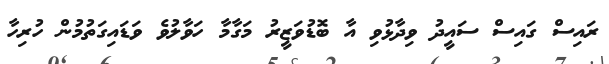
ރައިސް ގައިސް ސައީދު ވިދާޅުވި އާ ބޮޑުވަޒީރު މަގާމާ ހަވާލުވެ ވަޑައިގަތުމުން ހުރިހާ